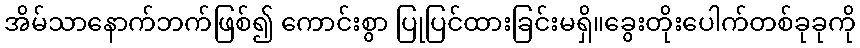
အိမ်သာနောက်ဘက်ဖြစ်၍ ကောင်းစွာ ပြုပြင်ထားခြင်းမရှိ။ခွေးတိုးပေါက်တစ်ခုခုကို